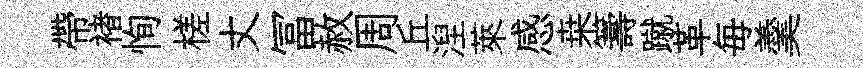
帶褚恂槎丈冨赦周丘湼萊感桒籌蹴革毎羹